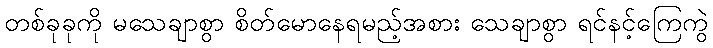
တစ်ခုခုကို မသေချာစွာ စိတ်မောနေရမည့်အစား သေချာစွာ ရင်နင့်ကြေကွဲ